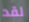
لقد